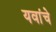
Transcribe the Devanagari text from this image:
यवांचे